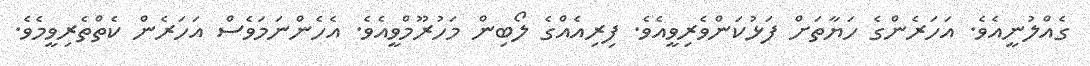
ގެއްލުނީއެވެ. އަހަރެންގެ ހަޔާތަށް ފަޅުކަންވެރިވީއެވެ. ފިރިއެއްގެ ލޯބިން މަހުރޫމްވީއެވެ. އެހެންނަމަވެސް އަހަރެން ކެތްތެރިވީމެވެ.